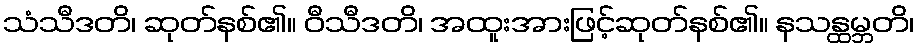
သံသီဒတိ၊ ဆုတ်နစ်၏။ ဝီသီဒတိ၊ အထူးအားဖြင့်ဆုတ်နစ်၏။ နသန္ထမ္ဘတိ၊